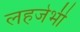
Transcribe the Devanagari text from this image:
लहजेभी